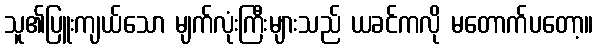
သူ၏ပြူးကျယ်သော မျက်လုံးကြီးများသည် ယခင်ကလို မတောက်ပတော့။